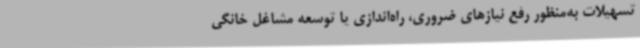
تسهیلات به‌منظور رفع نیازهای ضروری، راه‌اندازی یا توسعه مشاغل خانگی